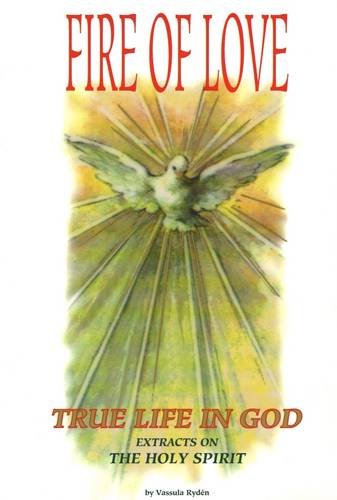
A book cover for True Life in God: Fire of Love - Holy Spirit; Vassula Ryden; Religion & Spirituality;